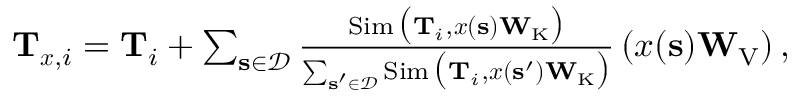
\begin{array} { r } { \mathbf { T } _ { \boldsymbol { x } , i } = \mathbf { T } _ { i } + \sum _ { \mathbf { s } \in \mathcal { D } } \frac { \operatorname { S i m } \big ( \mathbf { T } _ { i } , \boldsymbol { x } ( \mathbf { s } ) \mathbf { W } _ { \mathrm { K } } \big ) } { \sum _ { \mathbf { s ^ { \prime } } \in \mathcal { D } } \operatorname { S i m } \big ( \mathbf { T } _ { i } , \boldsymbol { x } ( \mathbf { s ^ { \prime } } ) \mathbf { W } _ { \mathrm { K } } \big ) } \left( \boldsymbol { x } ( \mathbf { s } ) \mathbf { W } _ { \mathrm { V } } \right) , } \end{array}